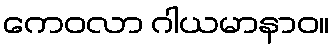
ကေဝလာ ဂါယမာနာဝ။